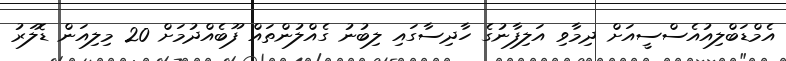
އެމްޑަބްލިއުއެސްސީއަށް ދިމާވި އަލިފާނުގެ ހާދިސާގައި ލިބުނު ގެއްލުންތައް ފޫބެއްދުމަށް 20 މިލިއަން ޑޮލަރު